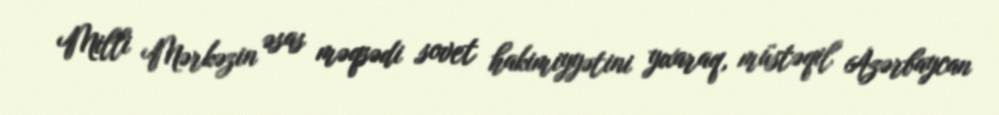
Milli Mərkəzin əsas məqsədi sovet hakimiyyətini yıxaraq, müstəqil Azərbaycan